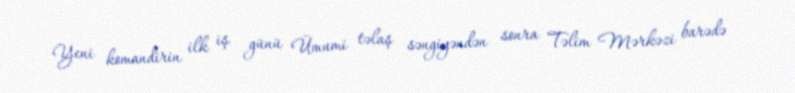
Yeni komandirin ilk iş günü Ümumi təlaş səngiyəndən sonra Təlim Mərkəzi barədə